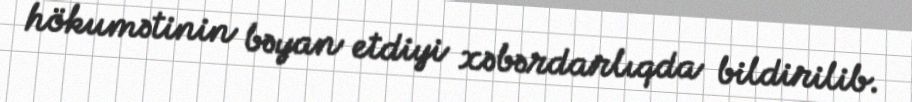
hökumətinin bəyan etdiyi xəbərdarlıqda bildirilib.